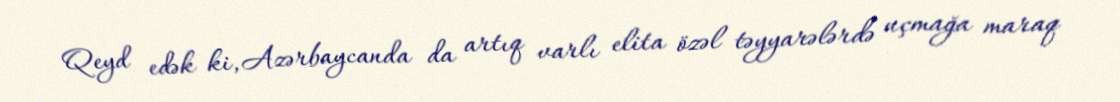
Qeyd edək ki, Azərbaycanda da artıq varlı elita özəl təyyarələrdə uçmağa maraq